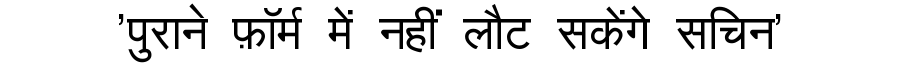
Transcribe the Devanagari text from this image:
'पुराने फ़ॉर्म में नहीं लौट सकेंगे सचिन'